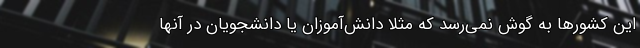
این کشورها به گوش نمی‌رسد که مثلا دانش‌آموزان یا دانشجویان در آنها